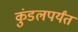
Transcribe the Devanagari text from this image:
कुंडलपर्यंत